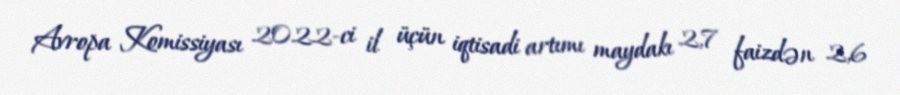
Avropa Komissiyası 2022-ci il üçün iqtisadi artımı maydakı 2,7 faizdən 2,6